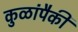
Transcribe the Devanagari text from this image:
कुळांपैकी